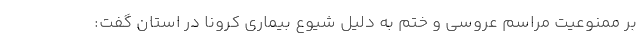
بر ممنوعیت مراسم عروسی و ختم به دلیل شیوع بیماری کرونا در استان گفت: